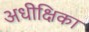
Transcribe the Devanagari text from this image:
अधीक्षिका